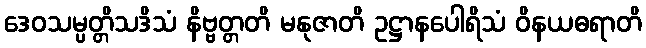
ဒေဝသမ္ပတ္တိသဒိသံ နိဗ္ဗတ္တတိ မနုဇာတိ ဥဋ္ဌာနပေါရိသံ ဝိနယဓရာတိ